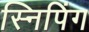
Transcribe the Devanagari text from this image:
स्निपिंग